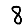
Digit: 8